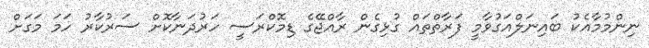
ނިންމުމާއެކު ބައިނަލްއަގުވާމީ ފަރާތްތައް ގުޅިގެން ރާއްޖޭގެ ޑިމޮކްރަސީ ހަރުދަނާކޮށް ސަރުކާރު ހަމަ މަގަށް